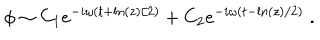
LaTeX: \phi \sim C _ { 1 } e ^ { - i \omega ( t + \ln ( z ) / 2 ) } + C _ { 2 } e ^ { - i \omega ( t - \ln ( z ) / 2 ) } \; .